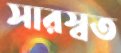
সারস্বত